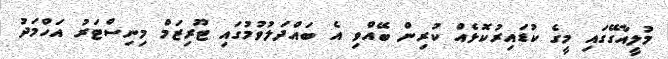
މުލީއާގޭގައި މީގެ ކުޑައިރުކޮޅެއް ކުރިން ބޭއްވި އެ ބައްދަލުވުމުގައި ޓޫރިޒަމް މިނިސްޓަރު އަހްމަދު